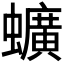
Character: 𫋧